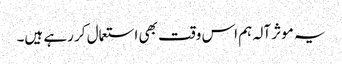
یہ موثر آلہ ہم اس وقت بھی استعمال کر رہے ہیں۔